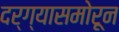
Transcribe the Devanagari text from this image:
दर्ग्यासमोरून